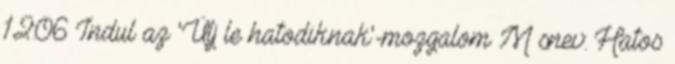
12:06 Indul az 'Ülj le hatodiknak'-mozgalom M snev: Hatos